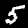
Digit: 5